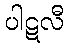
ပါဋလီ